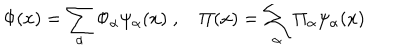
\Phi ( x ) = \sum _ { \alpha } \Phi _ { \alpha } \psi _ { \alpha } ( x ) \; , \quad \Pi ( x ) = \sum _ { \alpha } \Pi _ { \alpha } \psi _ { \alpha } ( x )